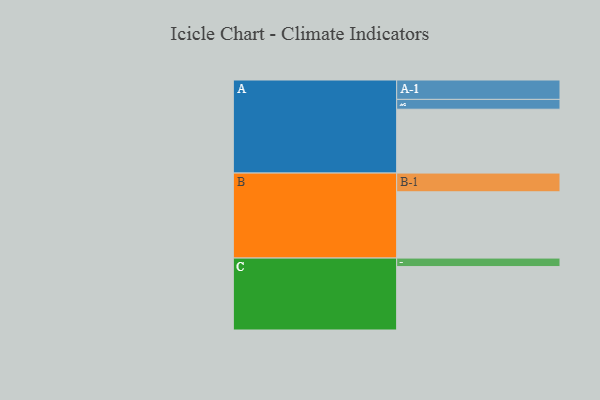
{"axis": {"x": "Segment", "y": "Value"}, "legend": ["", "A", "B", "C"], "data": [{"x": "A", "y": 570, "type": ""}, {"x": "B", "y": 592, "type": ""}, {"x": "C", "y": 566, "type": ""}, {"x": "A-1", "y": 173, "type": "A"}, {"x": "A-2", "y": 88, "type": "A"}, {"x": "B-1", "y": 167, "type": "B"}, {"x": "C-1", "y": 76, "type": "C"}]}